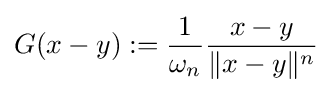
G(x-y):={\frac {1}{\omega _{n}}}{\frac {x-y}{\|x-y\|^{n}}}